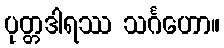
ပုတ္တဒါရဿ သင်္ဂဟော။